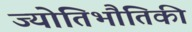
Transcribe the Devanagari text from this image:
ज्योतिभौतिकी